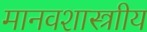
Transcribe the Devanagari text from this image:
मानवशास्त्राीय